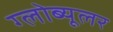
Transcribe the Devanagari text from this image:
ग्लोब्यूलर